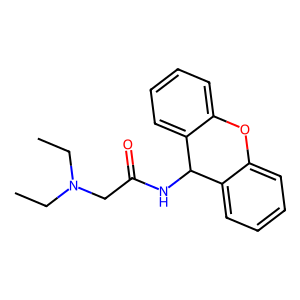
SMILES: CCN(CC)CC(=O)NC1c2ccccc2Oc2ccccc21
Inhibits HIV replication: No